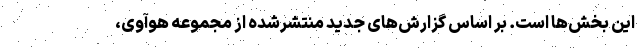
این بخش‌ها است. بر اساس گزارش‌های جدید منتشرشده از مجموعه هوآوی،